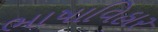
ભાષાવિહાર